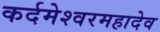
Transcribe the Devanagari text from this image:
कर्दमेश्वरमहादेव